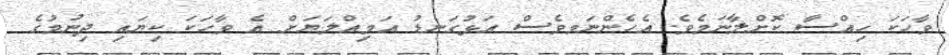
ވާހަކަ ހިއްސާ ކޮށްލާނަމެވެ. އެހެންނަމވެސް އަޅުގަނޑު އަމިއްލަޔަށް އެ ވާހަކަ ކިޔައި ދިނުމުގެ